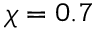
\chi = 0 . 7